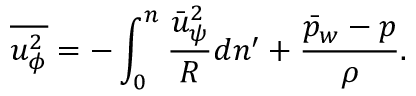
\overline { { u _ { \phi } ^ { 2 } } } = - \int _ { 0 } ^ { n } \frac { \bar { u } _ { \psi } ^ { 2 } } { R } d n ^ { \prime } + \frac { \bar { p } _ { w } - p } { \rho } .